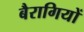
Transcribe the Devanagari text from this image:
बैरागियों